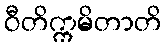
ဝီတိက္ကမိတာတိ